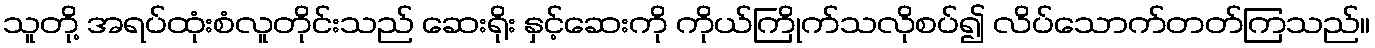
သူတို့ အရပ်ထုံးစံလူတိုင်းသည် ဆေးရိုး နှင့်ဆေးကို ကိုယ်ကြိုက်သလိုစပ်၍ လိပ်သောက်တတ်ကြသည်။